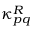
\kappa _ { p q } ^ { R }